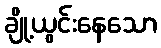
ချို့ယွင်းနေသော